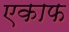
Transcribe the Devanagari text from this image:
एकाफ